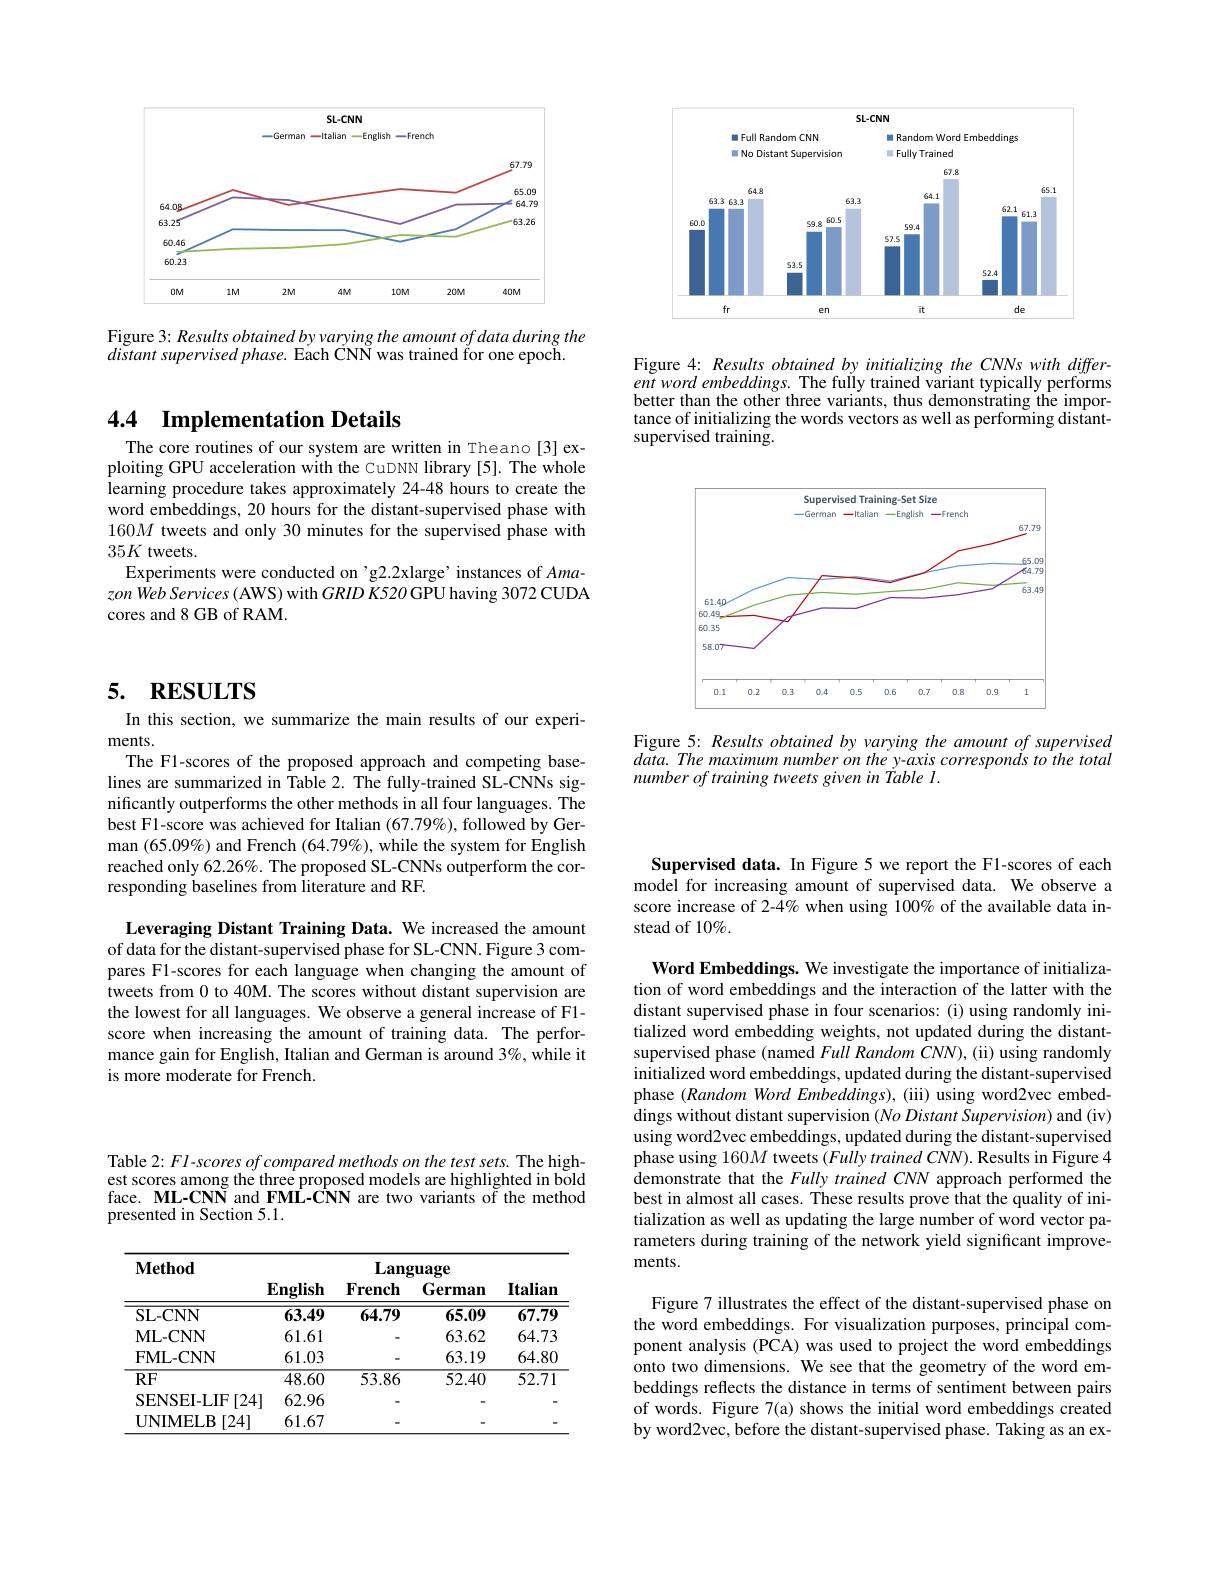
<FigureHere>

Figure 3: Results obtained by varying the amount of data during the
distant supervised phase. Each ČNN was trained for one epoch.

# 4.4 Implementation Details

The core routines of our system are written in Theano[3] exploiting GPU acceleration with the CuDNN library [5]. The whole learning procedure takes approximately 24-48 hours to create the word embeddings, 20 hours for the distant-supervised phase with 160M tweets and only 30 minutes for the supervised phase with $35K$ tweets.
Experiments were conducted on 'g2.2xlarge' instances of Amazon Web Services (AWS) with $GRID$ K520 GPU having 3072 CUDA cores and 8 GB of RAM.

<FigureHere>

Figure 4: Results obtained by initializing the CNNs with differ- $entwordembeddings.$ The fully trained variant typically performs better than the other three variants, thus demonstrating the importance of initializing the words vectors as well as performing distantsupervised training.

<FigureHere>

Figure 5: Results obtained by varying the amount of supervised $data.Themaximumnumberonthey-axiscorrespondstothetotal$ number of training tweets given in Table l.

# 5. RESULTS

In this section, we summarize the main results of our experi-
ments.
The F1-scores of the proposed approach and competing baselines are summarized in Table 2. The fully-trained SL-CNNs significantly outperforms the other methods in all four languages. The best F1-score was achieved for Italian $(67.79\%)$, followed by German $(65.09\%)$ and French $(64.79\%)$, while the system for English reached only 62.26%. The proposed SL-CNNs outperform the corresponding baselines from literature and RF.

Leveraging Distant Training Data. We increased the amount of data for the distant-supervised phase for SL-CNN. Figure 3 compares F1-scores for each language when changing the amount of tweets from 0 to 40M. The scores without distant supervision are the lowest for all languages. We observe a general increase of F1- score when increasing the amount of training data. The performance gain for English, Italian and German is around 3%, while it is more moderate for French.

Table 2: FI-scores of compared methods on the test sets. The highest scores among the three proposed models are highlighted in bold face. ML-CNN and FML-CNN are two variants of the method presented in Section 5.1.

<table>
	<tbody>
		<tr>
			<th>$\mathbf{Method}$</th>
			<th> </th>
			<th>Lan</th>
			<th>$\mathbf{uage}$</th>
			<th> </th>
		</tr>
		<tr>
			<th>$\mathbf{Method}$</th>
			<th>$\mathbf{English}$</th>
			<th>Lans $\mathbf{French}$</th>
			<th>$;uage$ German</th>
			<th>$\mathbf{Italiam}$</th>
		</tr>
		<tr>
			<td>$\mathbf{SL-CNN}$</td>
			<td>63.49</td>
			<td>64.79</td>
			<td>65.09</td>
			<td>67.79</td>
		</tr>
		<tr>
			<td>$\mathbf{ML-CNN}$</td>
			<td>61.61</td>
			<td> </td>
			<td>63.62</td>
			<td>64.73</td>
		</tr>
		<tr>
			<td>FML-CNN</td>
			<td>61.03</td>
			<td> </td>
			<td>63.19</td>
			<td>$64.8C$</td>
		</tr>
		<tr>
			<td>$RF$</td>
			<td>48.60</td>
			<td>53.86</td>
			<td>52.40</td>
			<td>52.71</td>
		</tr>
		<tr>
			<td>$\exists$ [24] SENSEI-LIF</td>
			<td>62.96</td>
			<td> </td>
			<td> </td>
			<td> </td>
		</tr>
		<tr>
			<td>UNIMELB [24]</td>
			<td>61.67</td>
			<td> </td>
			<td> </td>
			<td> </td>
		</tr>
	</tbody>
</table>

Supervised data. In Figure 5 we report the F1-scores of each model for increasing amount of supervised data. We observe a score increase of 2-4% when using 100% of the available data instead of 10%.

Word Embeddings. We investigate the importance of initialization of word embeddings and the interaction of the latter with the distant supervised phase in four scenarios: (i) using randomly initialized word embedding weights, not updated during the distantsupervised phase (named Full Random CNN), (ii) using randomly initialized word embeddings, updated during the distant-supervised phase $(Random$ Word Embeddings), (iii) using word2vec embeddings without distant supervision $( No\textit{Distant Supervision) and ( iv) }$ using word2vec embeddings, updated during the distant-supervised phase using 160M tweets (Fully trained CNN). Results in Figure 4 demonstrate that the Fully trained CNN approach performed the best in almost all cases. These results prove that the quality of initialization as well as updating the large number of word vector parameters during training of the network yield significant improvements.

Figure 7 illustrates the effect of the distant-supervised phase on the word embeddings. For visualization purposes, principal component analysis (PCA) was used to project the word embeddings onto two dimensions. We see that the geometry of the word embeddings reflects the distance in terms of sentiment between pairs of words. Figure 7(a) shows the initial word embeddings created by word2vec, before the distant-supervised phase. Taking as an ex-